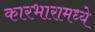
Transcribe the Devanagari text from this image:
कारभारामध्ये